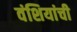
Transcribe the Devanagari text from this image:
वंशियांची